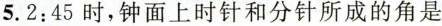
5.2:45时，钟面上时针和分针所成的角是